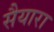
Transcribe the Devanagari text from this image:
सैयारा